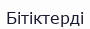
Бітіктерді